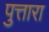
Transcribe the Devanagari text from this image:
पुत्तारा